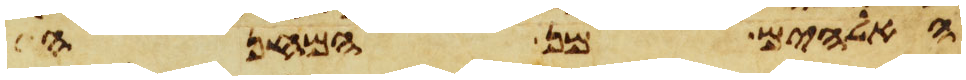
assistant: האלהים מן המחנה